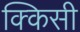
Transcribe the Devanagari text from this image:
क्किसी